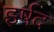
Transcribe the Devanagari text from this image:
इर्षद